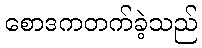
စောဒကတက်ခဲ့သည်